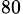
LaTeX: _{80}